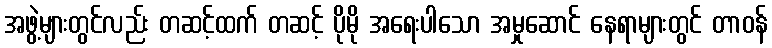
အဖွဲ့များတွင်လည်း တဆင့်ထက် တဆင့် ပိုမို အရေးပါသော အမှုဆောင် နေရာများတွင် တာဝန်